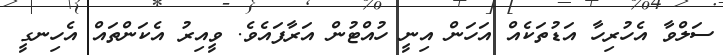
ސަލްވާ އެހުރިހާ އަޑުތަކެއް އަހަން އިނީ ހުއްޓުން އަރާފައެވެ. ވީއިރު އެކަންތައް އެހިނގީ